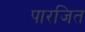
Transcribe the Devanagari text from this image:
पारजित